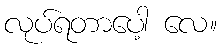
လုပ်ရတာပေါ့ လေ။